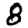
Digit: 8